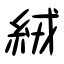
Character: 絨